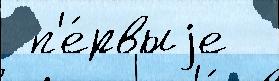
 п'е́рвыjе